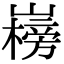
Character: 𡽲